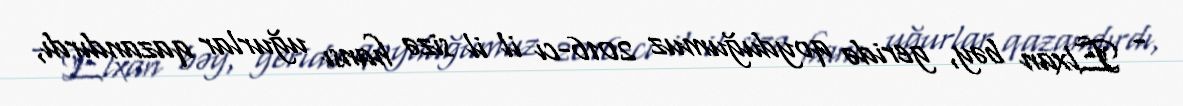
- Elxan bəy, geridə qoyduğumuz 2016-cı il il sizə hansı uğurlar qazandırdı,